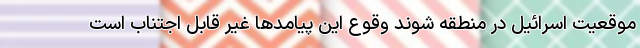
موقعیت اسرائیل در منطقه شوند وقوع این پیامدها غیر قابل اجتناب است